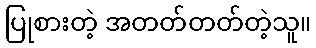
ပြုစားတဲ့ အတတ်တတ်တဲ့သူ။